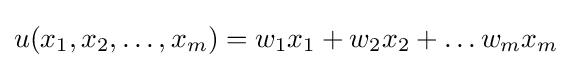
u(x_{1},x_{2},\dots ,x_{m})=w_{1}x_{1}+w_{2}x_{2}+\dots w_{m}x_{m}